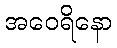
အဝေရိနော